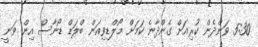
5:30 ވަންދެން ކުރިއަށް ގެންދާނެ ކަމަށް މޯލްޑިވިއަން ބްލަޑް ޑޯނާސް އިން ވަނީ